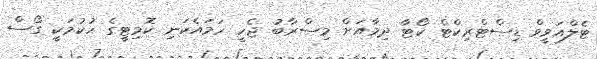
ޓެލްއަވީވް ޑިސްޓްރިކްޓް ކޯޓާ ދިމާއަށް މިސްރާބު ޖެހީ ހަމައެކަނި ކޮމިޓީގެ ހުކުމަކީ ގޯސް